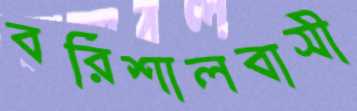
বরিশালবাসী